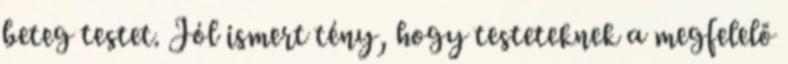
beteg testet. Jól ismert tény, hogy testeteknek a megfelelő